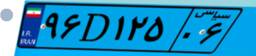
۶۲D۷۲۳۰۰